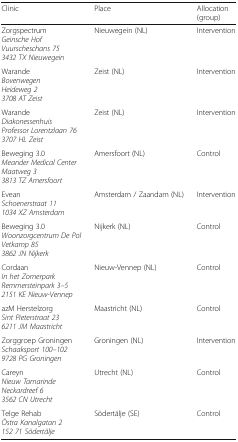
| Clinic | Place | Allocation (group) |
 | --- | --- | --- |
 | ZorgspectrumGeinsche HofVuurscheschans 753432 TX Nieuwegein | Nieuwegein (NL) | Intervention |
 | WarandeBovenwegenHeideweg 23708 AT Zeist | Zeist (NL) | Intervention |
 | WarandeDiakonessenhuisProfessor Lorentzlaan 763707 HL Zeist | Zeist (NL) | Intervention |
 | Beweging 3.0Meander Medical CenterMaatweg 33813 TZ Amersfoort | Amersfoort (NL) | Control |
 | EveanSchoenerstraat 111034 XZ Amsterdam | Amsterdam / Zaandam (NL) | Intervention |
 | Beweging 3.0Woonzorgcentrum De PolVetkamp 853862 JN Nijkerk | Nijkerk (NL) | Control |
 | CordaanIn het ZomerparkRemmersteinpark 3–52151 KE Nieuw-Vennep | Nieuw-Vennep (NL) | Control |
 | azM HerstelzorgSint Pieterstraat 236211 JM Maastricht | Maastricht (NL) | Control |
 | Zorggroep GroningenSchaaksport 100–1029728 PG Groningen | Groningen (NL) | Intervention |
 | CareynNieuw TamarindeNeckardreef 63562 CN Utrecht | Utrecht (NL) | Control |
 | Telge RehabÖstra Kanalgatan 2152 71 Södertälje | Södertälje (SE) | Control |